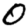
Digit: 0